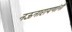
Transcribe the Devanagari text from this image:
नऊनारायणांनी